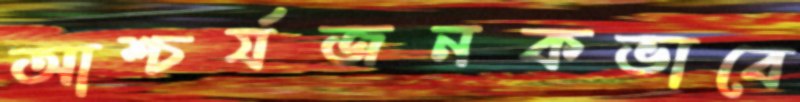
আশ্চর্যজনকভাবে